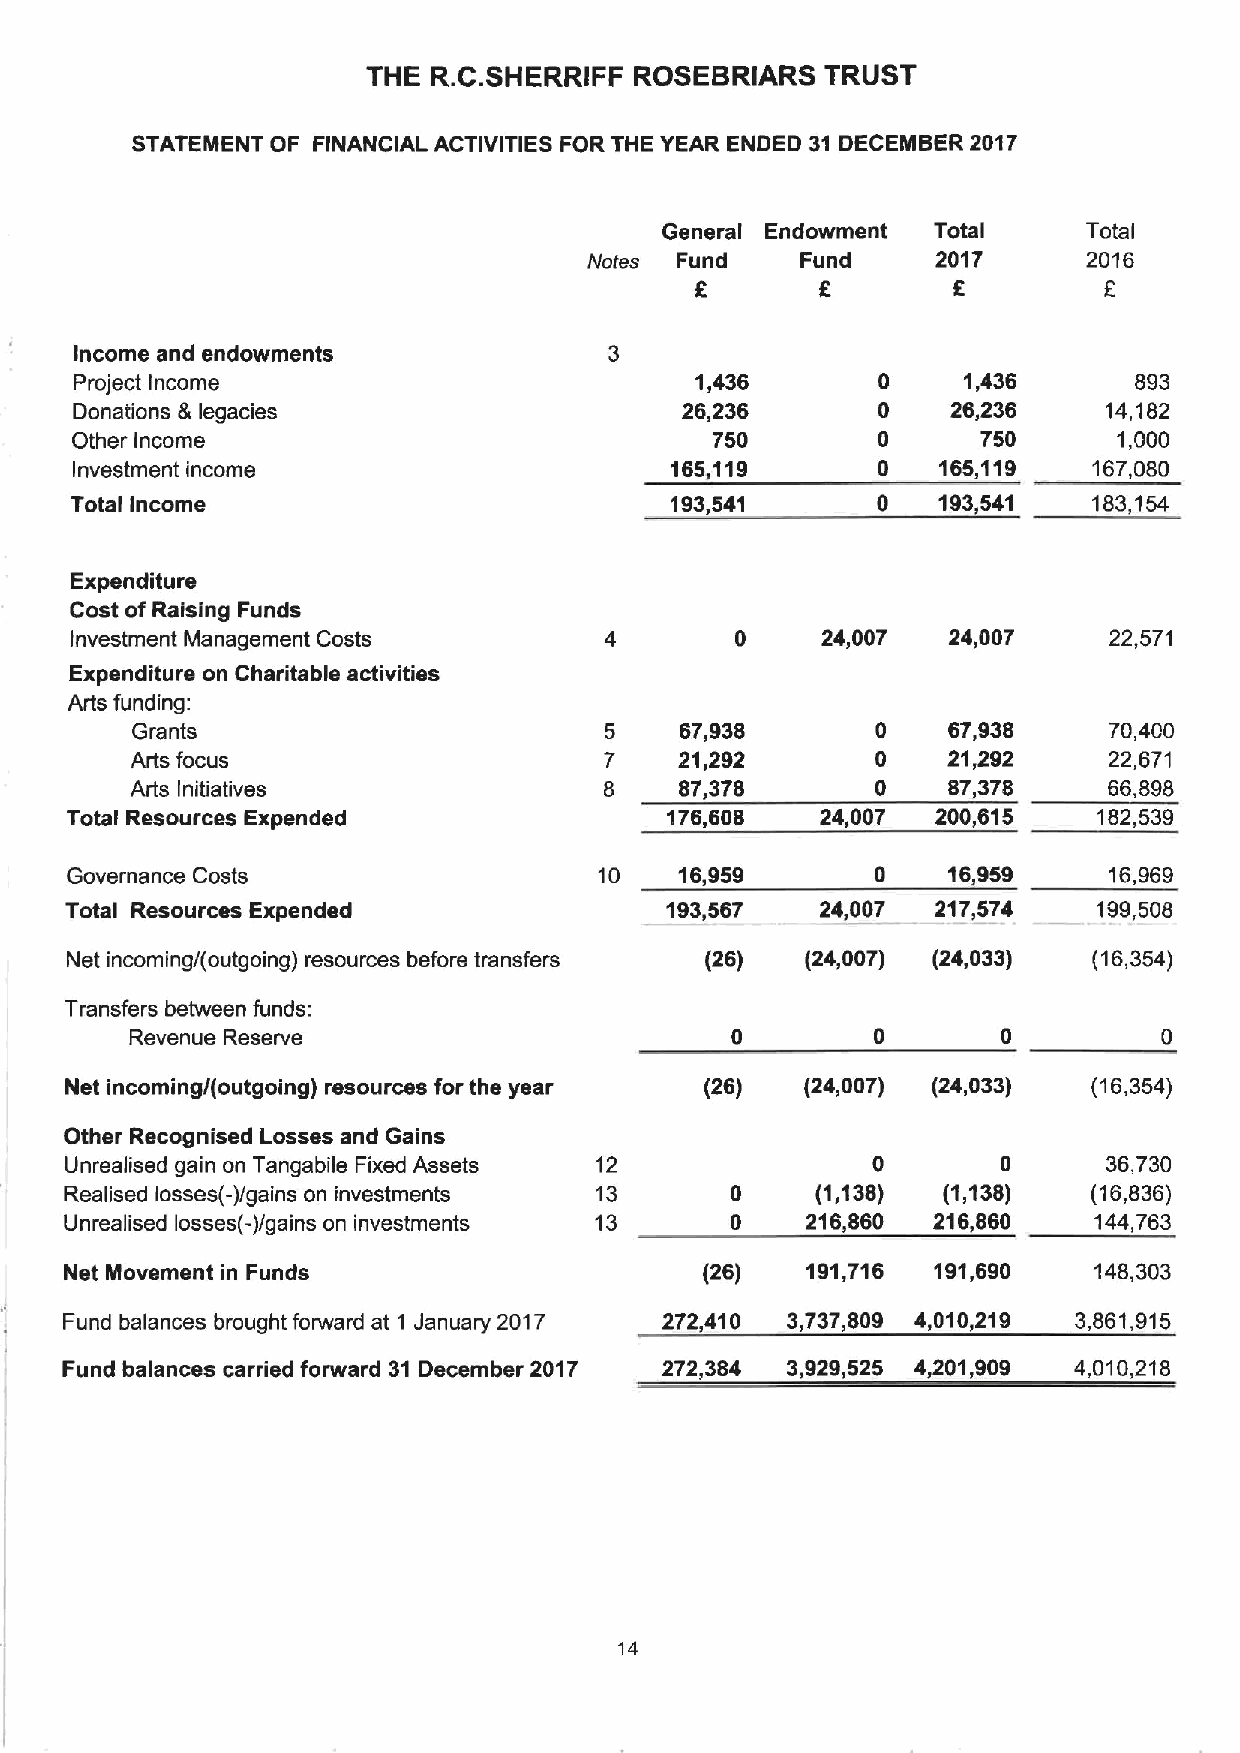
THE  R.C.SHERRIFF ROSEBRIARS   TRUST
 STATEMENT OF FINANCIAL ACTIVITIES FOR THE YEAR ENDED 31 DECEMBER 2017
 General Endowment Total     Total
 Notes Fund    Fund     2017      2016
 f                f         f
 Income and endowments
 Project Income                           1,436             1,436      893
 Donations &legacies                     26,236            26,236    14,182
 Other Income                              750               750      1,000
 Investment income                      165,119           165,119   167,080
 Total Income                           193,541       0   193,541   183,154
 Expenditure
 Cost of Raising Funds
 Investment Management Costs                 0    24,007   24,007    22,571
 Expenditure on Charitable activities
 Arts funding:
 Grants                         5    67,938       0    67,938    70,400
 Arts focus                     7    21,292       0    21,292    22,671
 Arts Initiatives               8    87,378       0    87,378    66,898
 Total Resources Expended                176,608   24,007  200,815    182,539
 Governance Costs                    10   16,959       0    16,959    16,969
 Total Resources Expended                193,567   24,007  217,574    199,508
 Net incoming/(outgoing) resources before transfers (26) (24,007) (24,033) (16,354)
 Transfers between funds:
 Revenue Reserve                                  0       0
 Net incoming/(outgoing) resources for the year (26) (24,007) (24,033) (16,354)
 Other Recognised Losses and Gains
 Unrealised gain on Tangabile Fixed Assets 12          0       0      36,730
 Realised losses(-)/gains on investments 13  0     (1,138) (1,138)   (16,836)
 Unrealised losses(-)/gains on investments 13 0   216,860  216,860   144,763
 Net Movement in Funds                      (26)  191,716  191,690   148,303
 Fund balances brought forward at 1 January 2017 272,410 3,737,809 4,010,219 3,861,915
 Fund balances carried forward 31 December 2017 272,384 3,929,525 4,201,909 4,010,218
 14